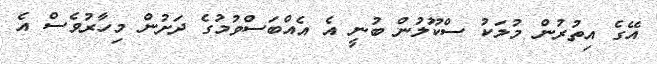
އޭގެ އިތުރުން މުލަކު ސްކޫލުން ބުނީ އެ އެއްބަސްވުމުގެ ދަށުން މިހާރުވެސް އެ